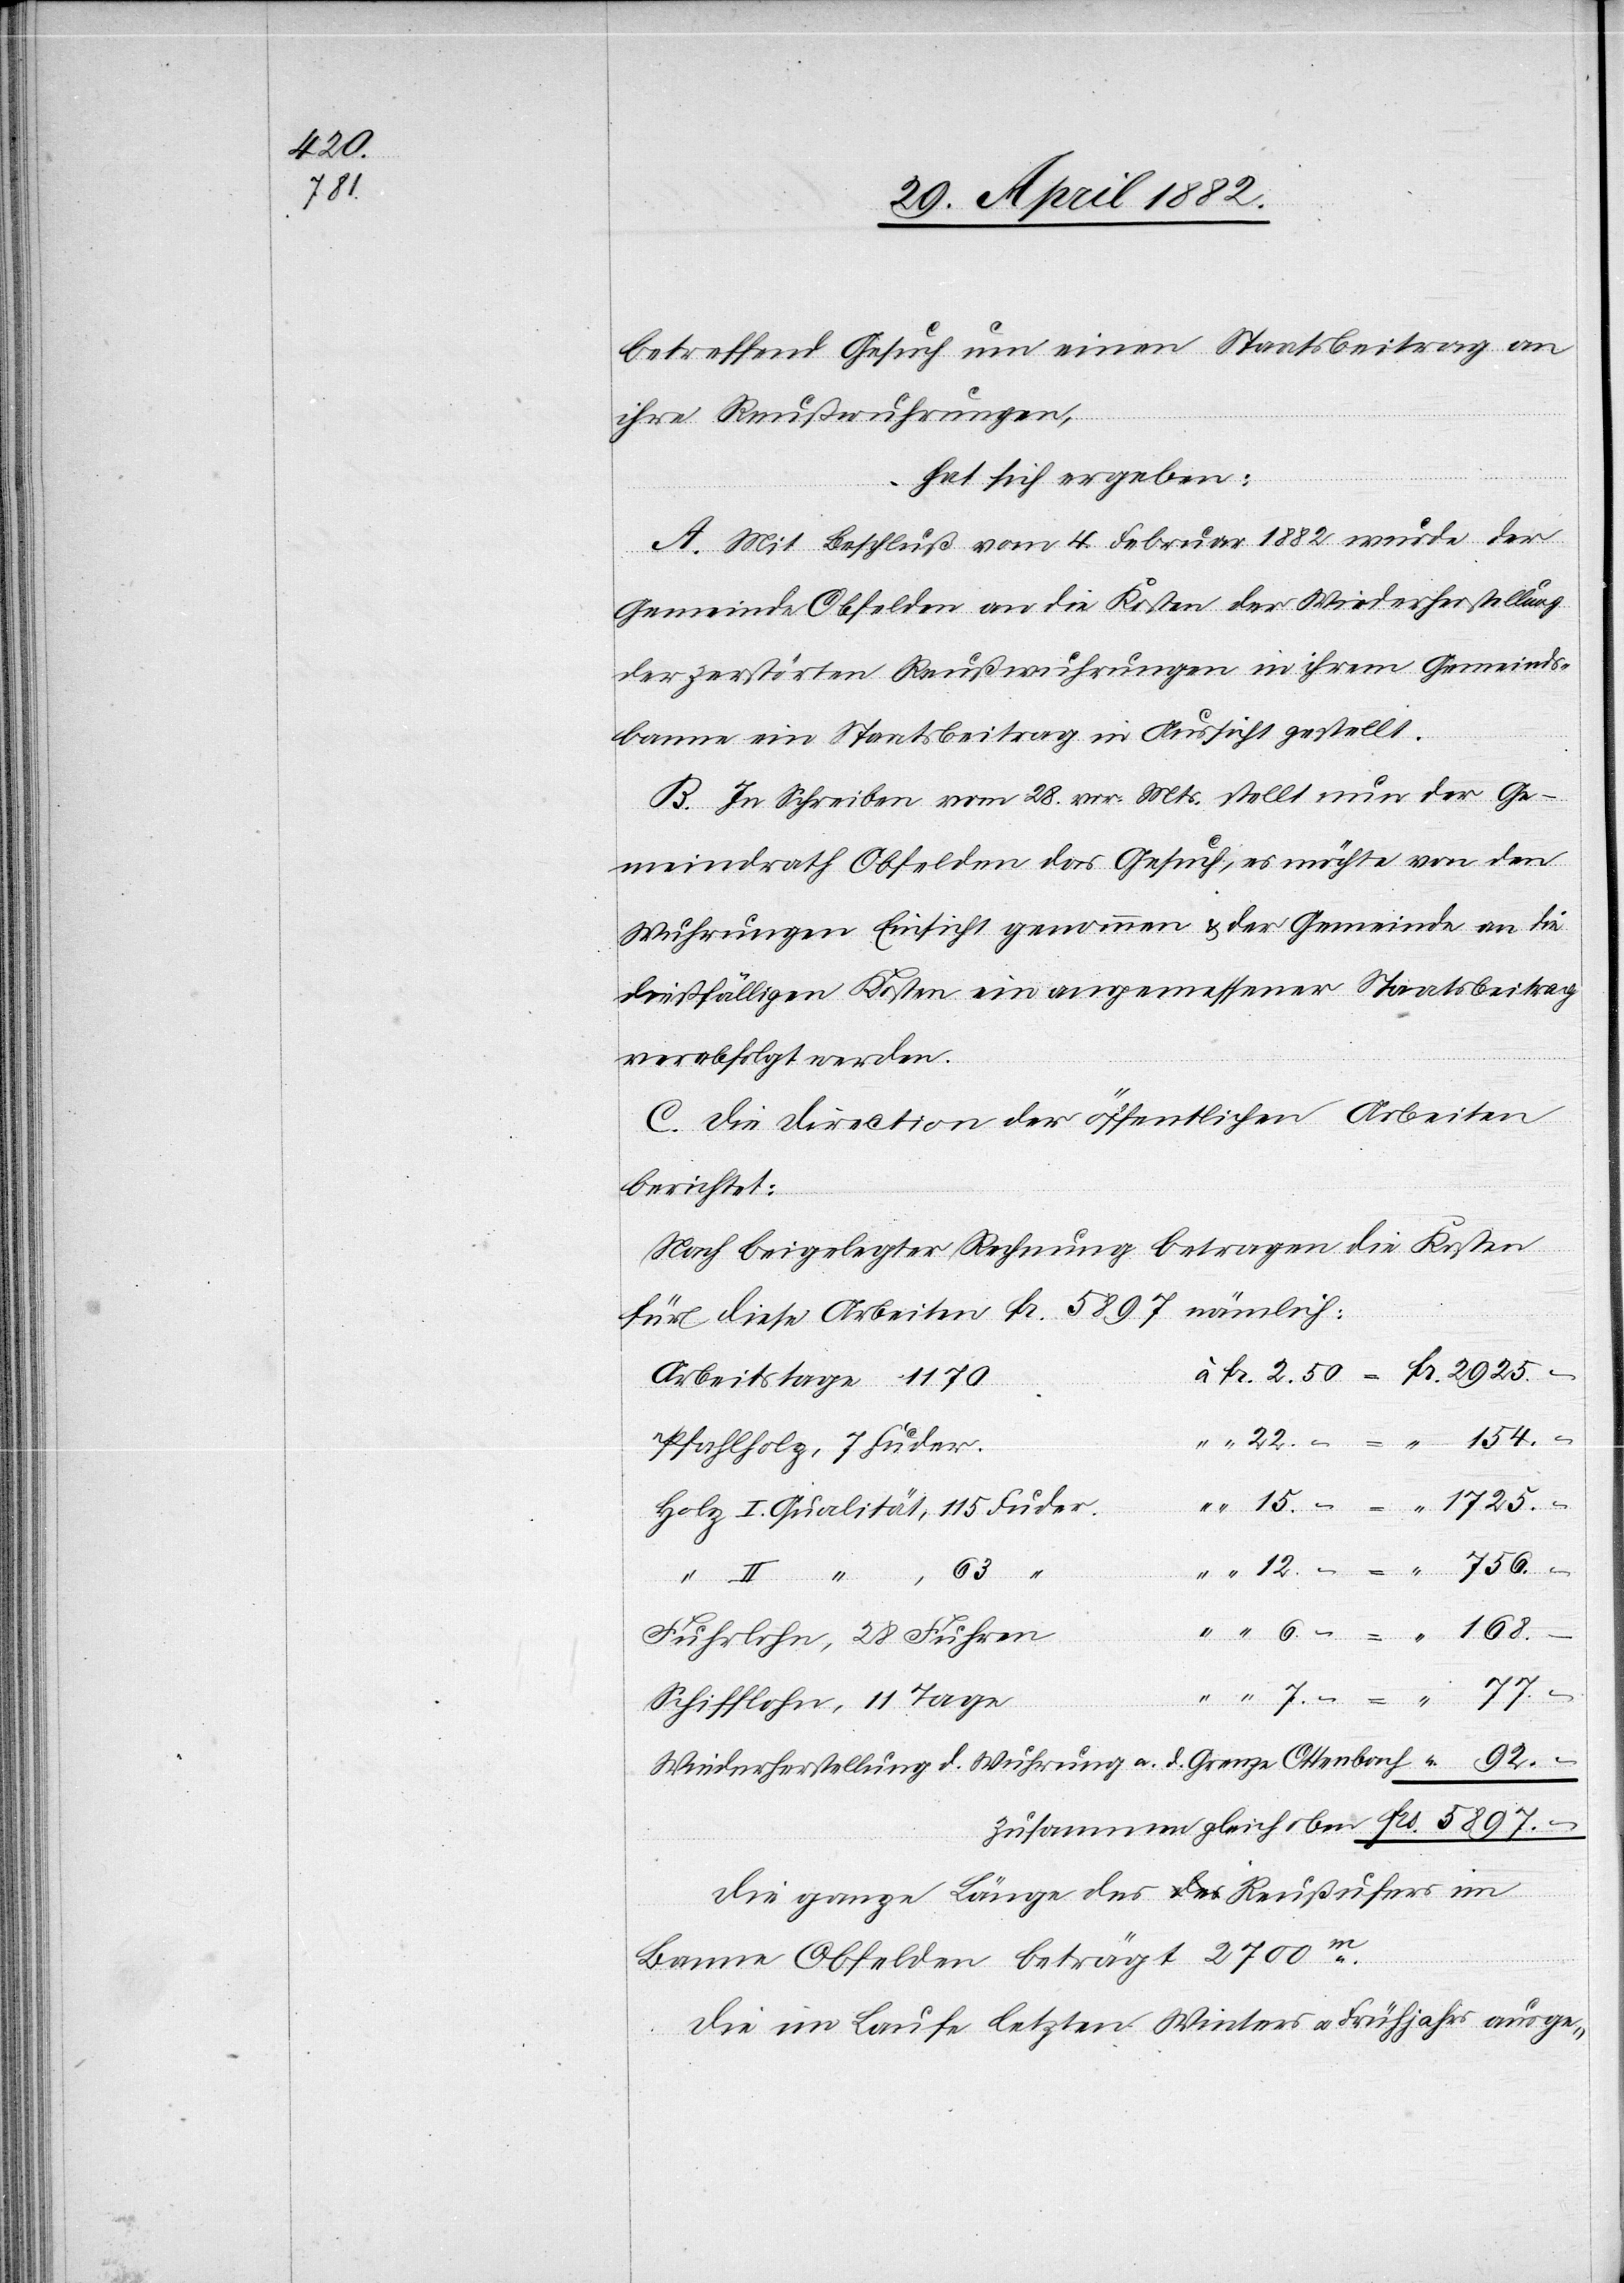
77.–

betreffend Gesuch um einen Staatsbeitrag an
ihre Reußwuhrungen,
Fr.
hat sich ergeben:
A. Mit Beschluß vom 4. Februar 1882 wurde der
Gemeinde Obfelden an die Kosten der Wiederherstellung
der zerstörten Reußwuhrungen in ihrem Gemeinds¬
banne ein Staatsbeitrag in Aussicht gestellt.
B. In Schreiben vom 28. vor. Mts. stellt nun der Ge¬
meindrath Obfelden das Gesuch, es möchte von den
Wuhrungen Einsicht gewonnen & der Gemeinde an die
dießfälligen Kosten ein angemessener Staatsbeitrag
verabfolgt werden.
C. Die Direction der öffentlichen Arbeiten
berichtet:
Nach beigelegter Rechnung betragen die Kosten
für diese Arbeiten Fr. 5897 nämlich:
Arbeitstage 1170
Pfahlholz, 7 Fuder
Holz I. Qualität, 115 Fuder
756.–
“ II. “
mmen
Fuhrlohn, 28 Fuhren
Schifflohn, 11 Tage
92.–
7.
Wiederherstellung d. Wuhrung a. d. Grenze Ottenbach
Die ganze Länge des Reußufers im
Banne Obfelden beträgt 2700m.
Die im Laufe letzten Winters u. Frühjahrs ausge-
“